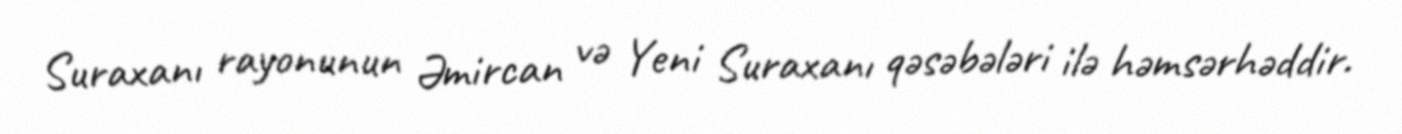
Suraxanı rayonunun Əmircan və Yeni Suraxanı qəsəbələri ilə həmsərhəddir.